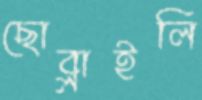
ছোব্‌লাইলি